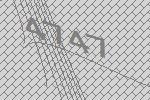
4747